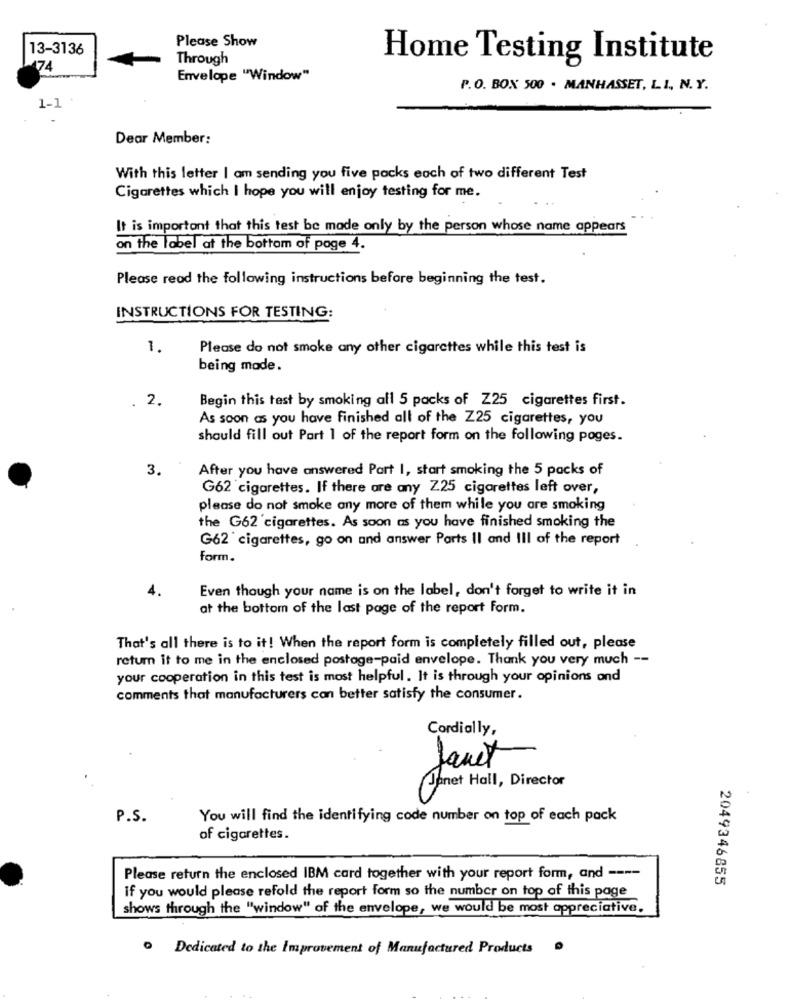
13-3136
Please Show
Through
Home Testing Institute
74
Envelope "Window"
P.O. BOX 500 . MANHASSET, LI, N. Y.
1-1
Dear Member:
With this letter I am sending you five packs each of two different Test
Cigarettes which I hope you will enjoy testing for me.
It is important that this test be made only by the person whose name appears
on the label at the bottom of poge 4.
Please read the following instructions before beginning the test.
INSTRUCTIONS FOR TESTING:
1.
Please do not smoke any other cigarettes while this test is
being made.
. 2.
Begin this test by smoking all 5 packs of Z25 cigarettes first.
As soon as you have finished all of the Z25 cigarettes, you
should fill out Part 1 of the report form on the following pages.
3.
After you have answered Part 1, start smoking the 5 packs of
G62 cigarettes. If there are any Z25 cigarettes left over,
please do not smoke any more of them while you are smoking
the G62'cigarettes. As soon as you have finished smoking the
G62' cigarettes, go on and answer Parts Il and III of the report
form.
4.
Even though your name is on the label, don't forget to write it in
at the bottom of the last page of the report form.
That's all there is to it! When the report form is completely filled out, please
return it to me in the enclosed postage-paid envelope. Thank you very much --
your cooperation in this test is most helpful . It is through your opinions and
comments that manufacturers can better satisfy the consumer.
Cordially,
Janet
Janet Hall, Director
P.S.
You will find the identifying code number on top of each pack
of cigarettes.
Please return the enclosed IBM card together with your report form, and ----
2049346855
if you would please refold the report form so the number on top of this page
shows through the "window" of the envelope, we would be most appreciative.
. Dedicated to the Improvement of Manufactured Products